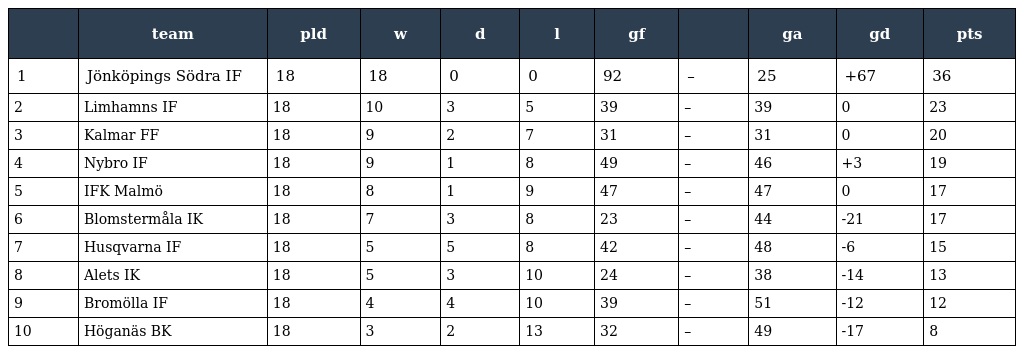
|  | team | pld | w | d | l | gf |  | ga | gd | pts |
 | --- | --- | --- | --- | --- | --- | --- | --- | --- | --- | --- |
 | 1 | Jönköpings Södra IF | 18 | 18 | 0 | 0 | 92 | – | 25 | +67 | 36 |
 | 2 | Limhamns IF | 18 | 10 | 3 | 5 | 39 | – | 39 | 0 | 23 |
 | 3 | Kalmar FF | 18 | 9 | 2 | 7 | 31 | – | 31 | 0 | 20 |
 | 4 | Nybro IF | 18 | 9 | 1 | 8 | 49 | – | 46 | +3 | 19 |
 | 5 | IFK Malmö | 18 | 8 | 1 | 9 | 47 | – | 47 | 0 | 17 |
 | 6 | Blomstermåla IK | 18 | 7 | 3 | 8 | 23 | – | 44 | -21 | 17 |
 | 7 | Husqvarna IF | 18 | 5 | 5 | 8 | 42 | – | 48 | -6 | 15 |
 | 8 | Alets IK | 18 | 5 | 3 | 10 | 24 | – | 38 | -14 | 13 |
 | 9 | Bromölla IF | 18 | 4 | 4 | 10 | 39 | – | 51 | -12 | 12 |
 | 10 | Höganäs BK | 18 | 3 | 2 | 13 | 32 | – | 49 | -17 | 8 |